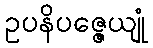
ဥပနိပဇ္ဇေယျုံ